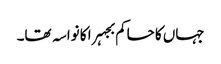
جہاں کا حاکم بجہرا کا نواسہ تھا۔